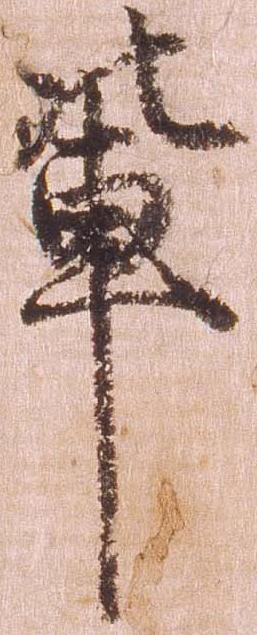
輩